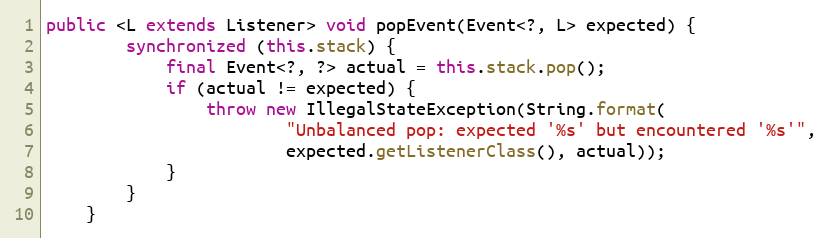
Language: Java
public <L extends Listener> void popEvent(Event<?, L> expected) {
        synchronized (this.stack) {
            final Event<?, ?> actual = this.stack.pop();
            if (actual != expected) {
                throw new IllegalStateException(String.format(
                        "Unbalanced pop: expected '%s' but encountered '%s'",
                        expected.getListenerClass(), actual));
            }
        }
    }